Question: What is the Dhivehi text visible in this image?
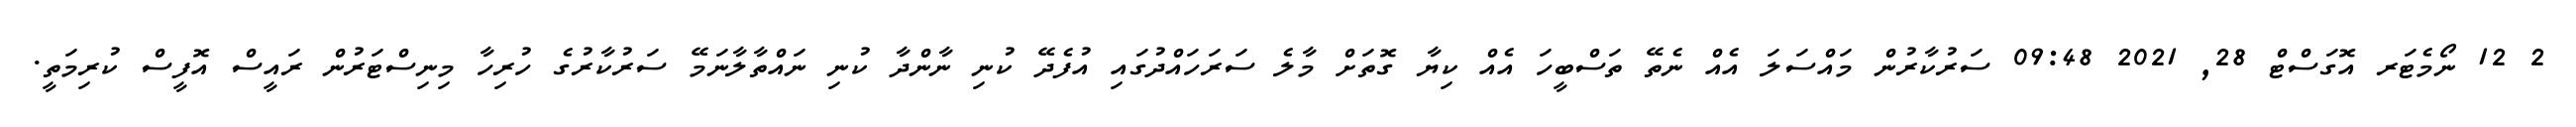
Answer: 2 12 ނޯމެޓަރ އޮގަސްޓް 28, 2021 09:48 ސަރުކާރުން މައްސަލަ އެއް ނެތޭ ތަސްބީހަ އެއް ކިޔާ ގޮތަށް މާލެ ސަރަހައްދުގައި އުފެދޭ ކުނި ނާންދާ ކުނި ނައްތާލާނަމޭ ސަރުކާރުގެ ހުރިހާ މިނިސްޓަރުން ރައީސް އޮފީސް ކުރިމަތީ.